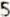
5